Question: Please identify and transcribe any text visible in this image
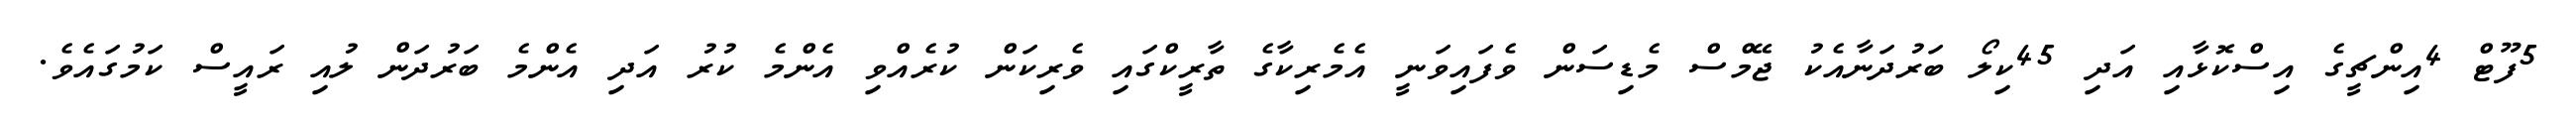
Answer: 5ފޫޓް 4އިންޗީގެ އިސްކޮޅާއި އަދި 45ކިލޯ ބަރުދަނާއެކު ޖޭމްސް މެޑިސަން ވެފައިވަނީ އެމެރިކާގެ ތާރީކްގައި ވެރިކަން ކުރެއްވި އެންމެ ކުރު އަދި އެންމެ ބަރުދަން ލުއި ރައީސް ކަމުގައެވެ.